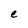
Character: e